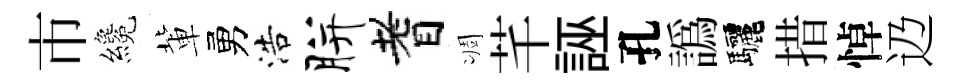
市纔軰勇浩胼耆凋芊誣孔譌驅措悼辸